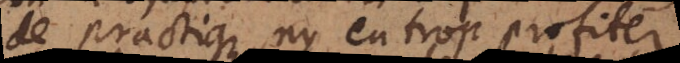
de practique, ny en trop profiter,